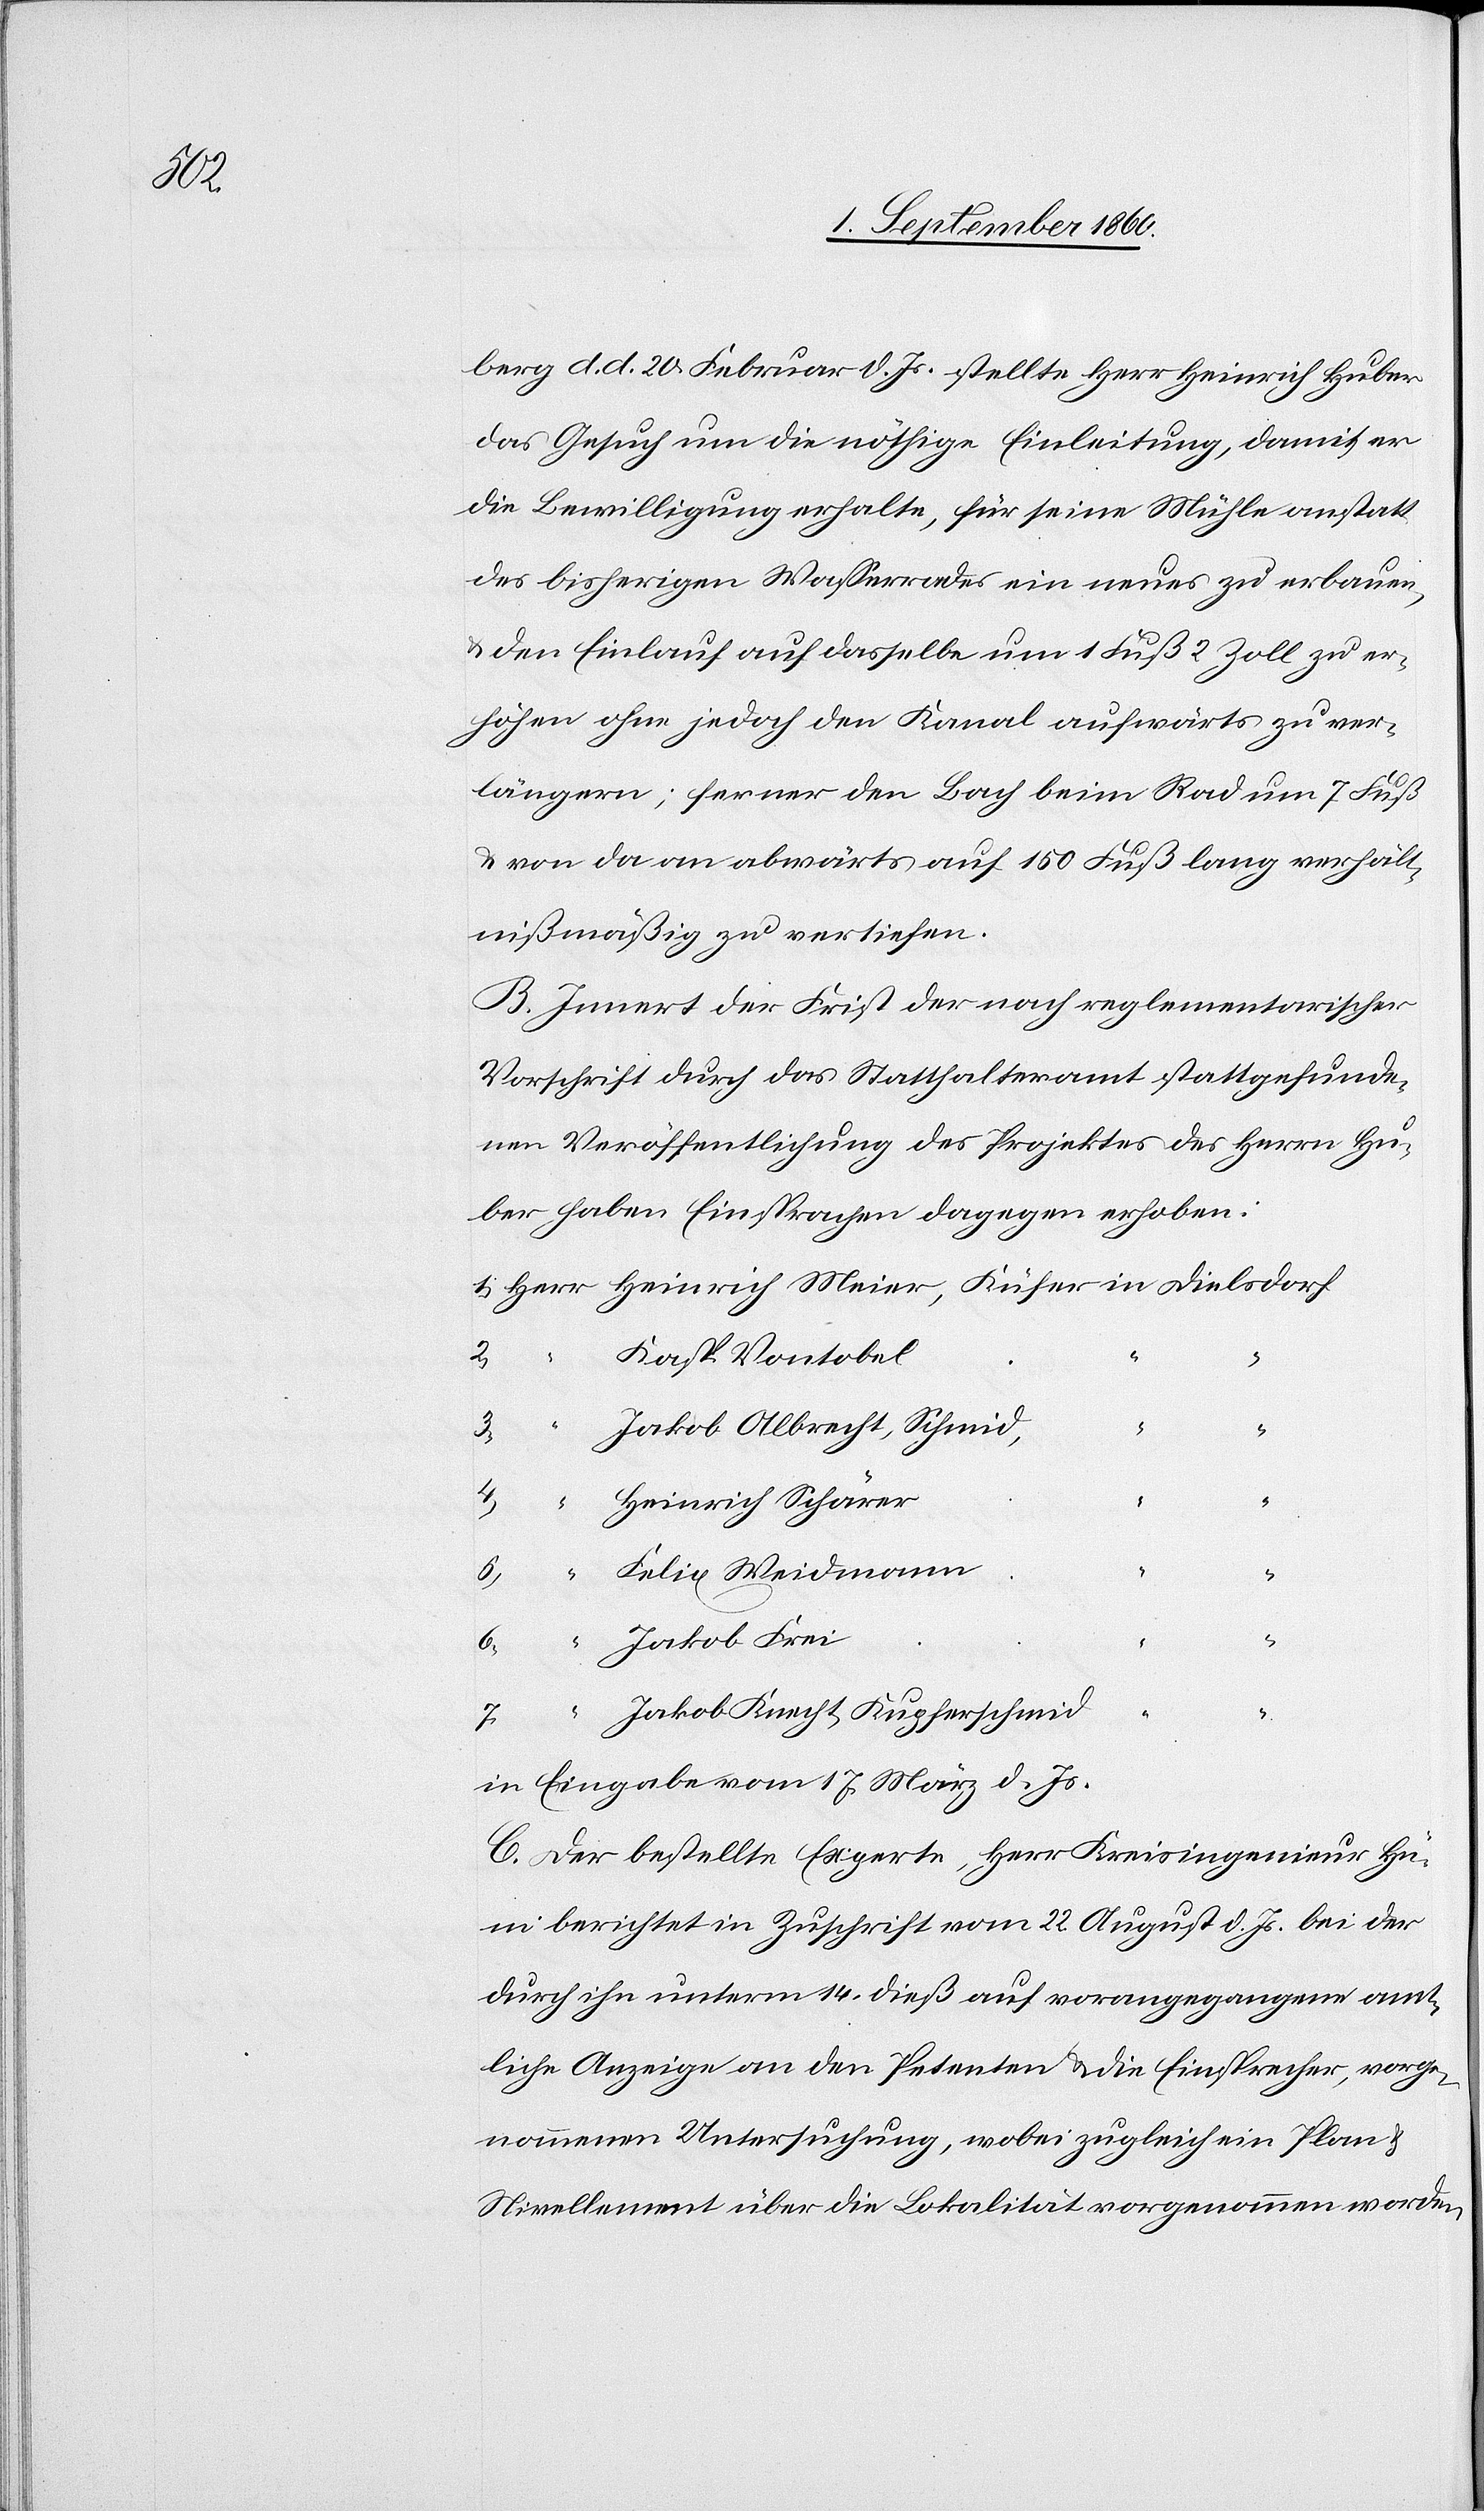
Meier

berg d. d. 20. Hornung d. Js. stellt Hr. Heinrich Huber
das Gesuch um die nöthige Einleitung, damit er
die Bewilligung erhalte, für seine Mühle anstatt
des bisherigen Wasserrades ein neues zu erbauen
u . den Einlauf auf dasselbe um 1 Fuss 2 Zoll zu er¬
höhen ohne jedoch den Kanal aufwärts zu ver¬
längern, ferner den Bach beim Rad um 7 Fuss
u. von da an abwärts auf 150 Fuss lang verhält¬
nissmässig zu vertiefen.
B. Innert der Frist der nach reglementarischer
Vorschrift durch das Statthalteramt Statt gefunde¬
nen Veröffentlichung des Projektes des Hrn. Hu¬
ber, haben Einsprachen dagegen erhoben,
Kasp. Vontobel
Jakob Albrecht, Schmid
“
4.
“
Heinrich Schärer
Felix Weidmann
“
6.
“
Jakob Frei
1.
7.
“
Jakob Knecht, Kupferschmid
in Eingabe vom 17. März d. Js.
C. Der bestellte Experte, Hr. Kreisingenieur Hü¬
ni berichtet in Zuschrift vom 22. August d. Js. bei der
durch ihn unterm 14. dß. auf vorangegangene amt¬
liche Anzeige an den Petenten u. die Einsprecher, vorge¬
nommenen Untersuchung, wobei zugleich ein Plan
Nivellement über die Lokalität aufgenommen worden